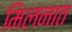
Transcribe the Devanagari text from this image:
मिलनात